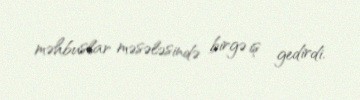
məhbuslar məsələsində birgə iş gedirdi.